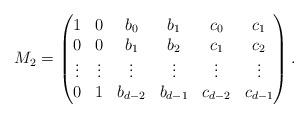
LaTeX: \begin{align*}M_2=\begin{pmatrix} 1 & 0 &b_0 & b_1 & c_0 & c_1\\ 0&0&b_1&b_2&c_1&c_2\\ \vdots & \vdots & \vdots & \vdots & \vdots & \vdots\\ 0& 1 & b_{d-2} & b_{d-1}& c_{d-2} & c_{d-1}\end{pmatrix}.\end{align*}